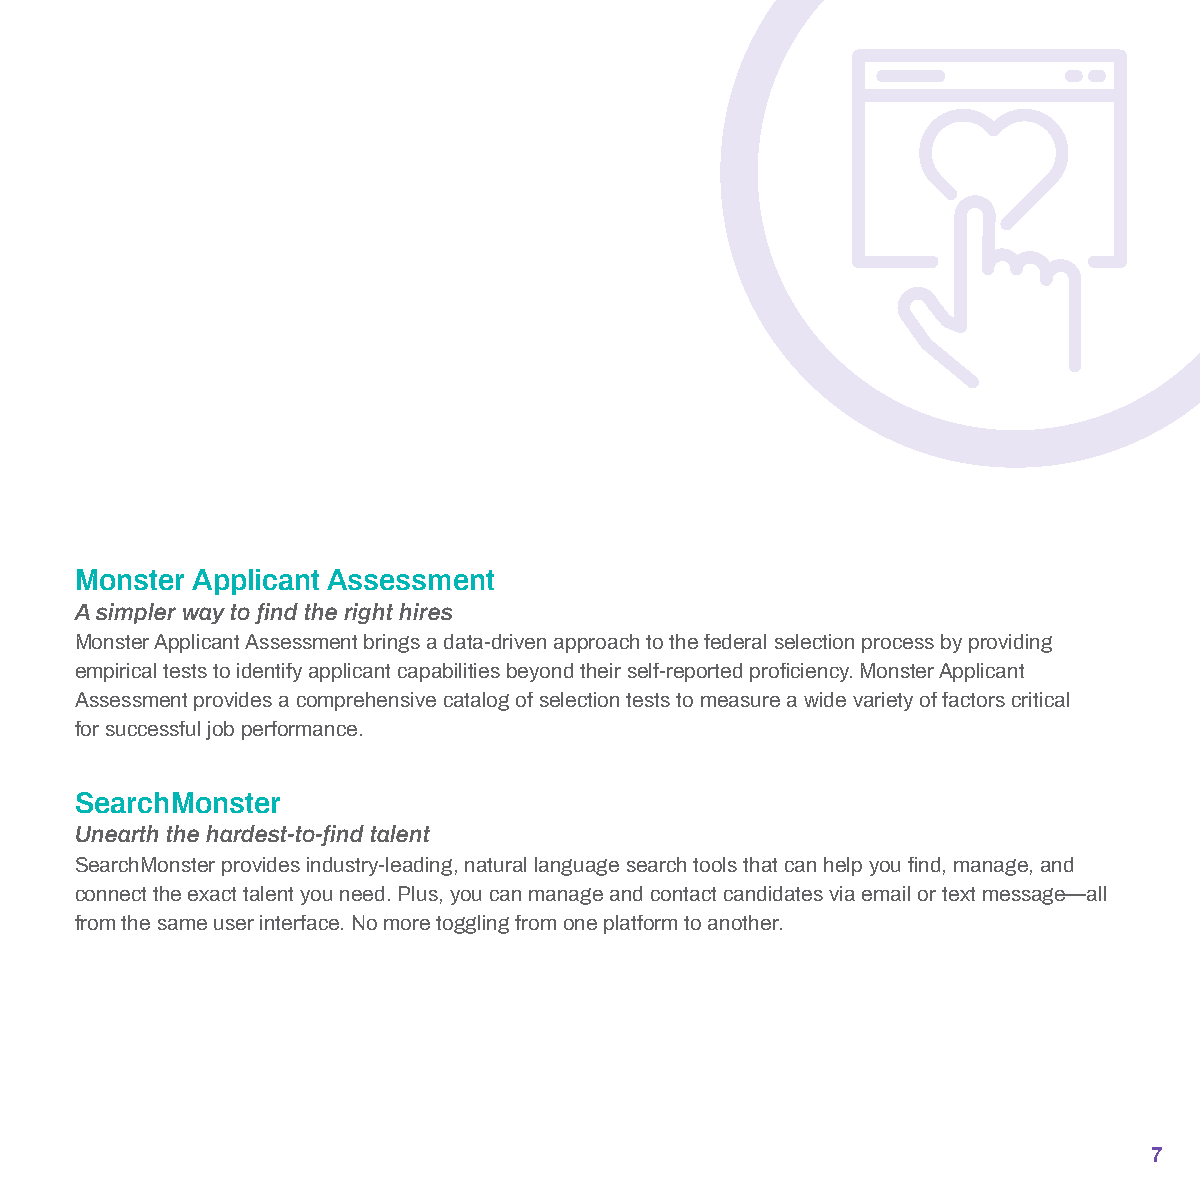
Monster Applicant Assessment
 A simpler way to find the right hires
 Monster Applicant Assessment brings a data-driven approach to the federal selection process by providing
 empirical tests to identify applicant capabilities beyond their self-reported proficiency. Monster Applicant
 Assessment provides a comprehensive catalog of selection tests to measure a wide variety of factors critical
 for successful job performance.
 SearchMonster
 Unearth the hardest-to-find talent
 SearchMonster provides industry-leading, natural language search tools that can help you find, manage, and
 connect the exact talent you need. Plus, you can manage and contact candidates via email or text message—all
 from the same user interface. No more toggling from one platform to another.
 7